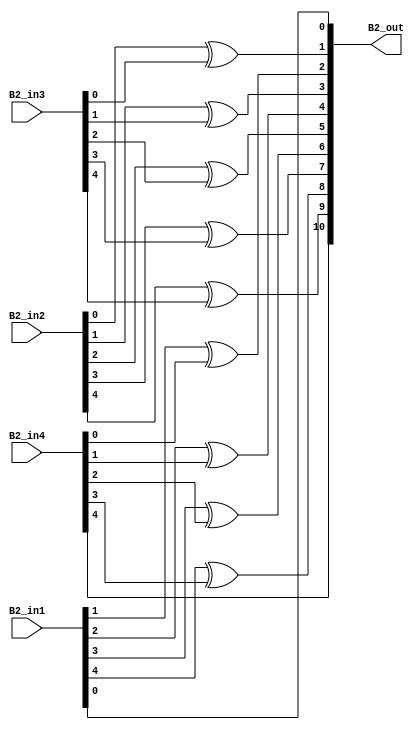
module overlap_module_5bit(
    B2_in1,
    B2_in2,
    B2_in3,
    B2_in4,
    B2_out
    );


parameter n = 6;

input [n-2:0] B2_in1;
input [n-2:0] B2_in2;
input [n-2:0] B2_in3;
input [n-2:0] B2_in4;

output [2*n-2:0] B2_out;

assign B2_out[0] = B2_in1[0];

assign B2_out[2] = B2_in1[1]^B2_in4[0];

assign B2_out[4] = B2_in1[2]^B2_in4[1];

assign B2_out[1] = B2_in2[0]^B2_in3[0];

assign B2_out[3] = B2_in2[1]^B2_in3[1];

assign B2_out[5] = B2_in2[2]^B2_in3[2];

assign B2_out[7] = B2_in2[3]^B2_in3[3];

assign B2_out[9] = B2_in2[4]^B2_in3[4];

assign B2_out[6] = B2_in1[3]^B2_in4[2];

assign B2_out[8] = B2_in1[4]^B2_in4[3];

assign B2_out[10] = B2_in4[4];

endmodule